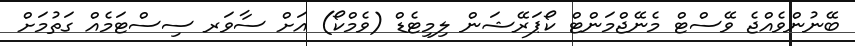
ބޭނުންވެއްޖެ ވޭސްޓް މެނޭޖްމަންޓް ކޯޕަރޭޝަން ލިމިޓެޑް (ވެމްކޯ) އަށް ސާވަރ ސިސްޓަމެއް ގަތުމަށް